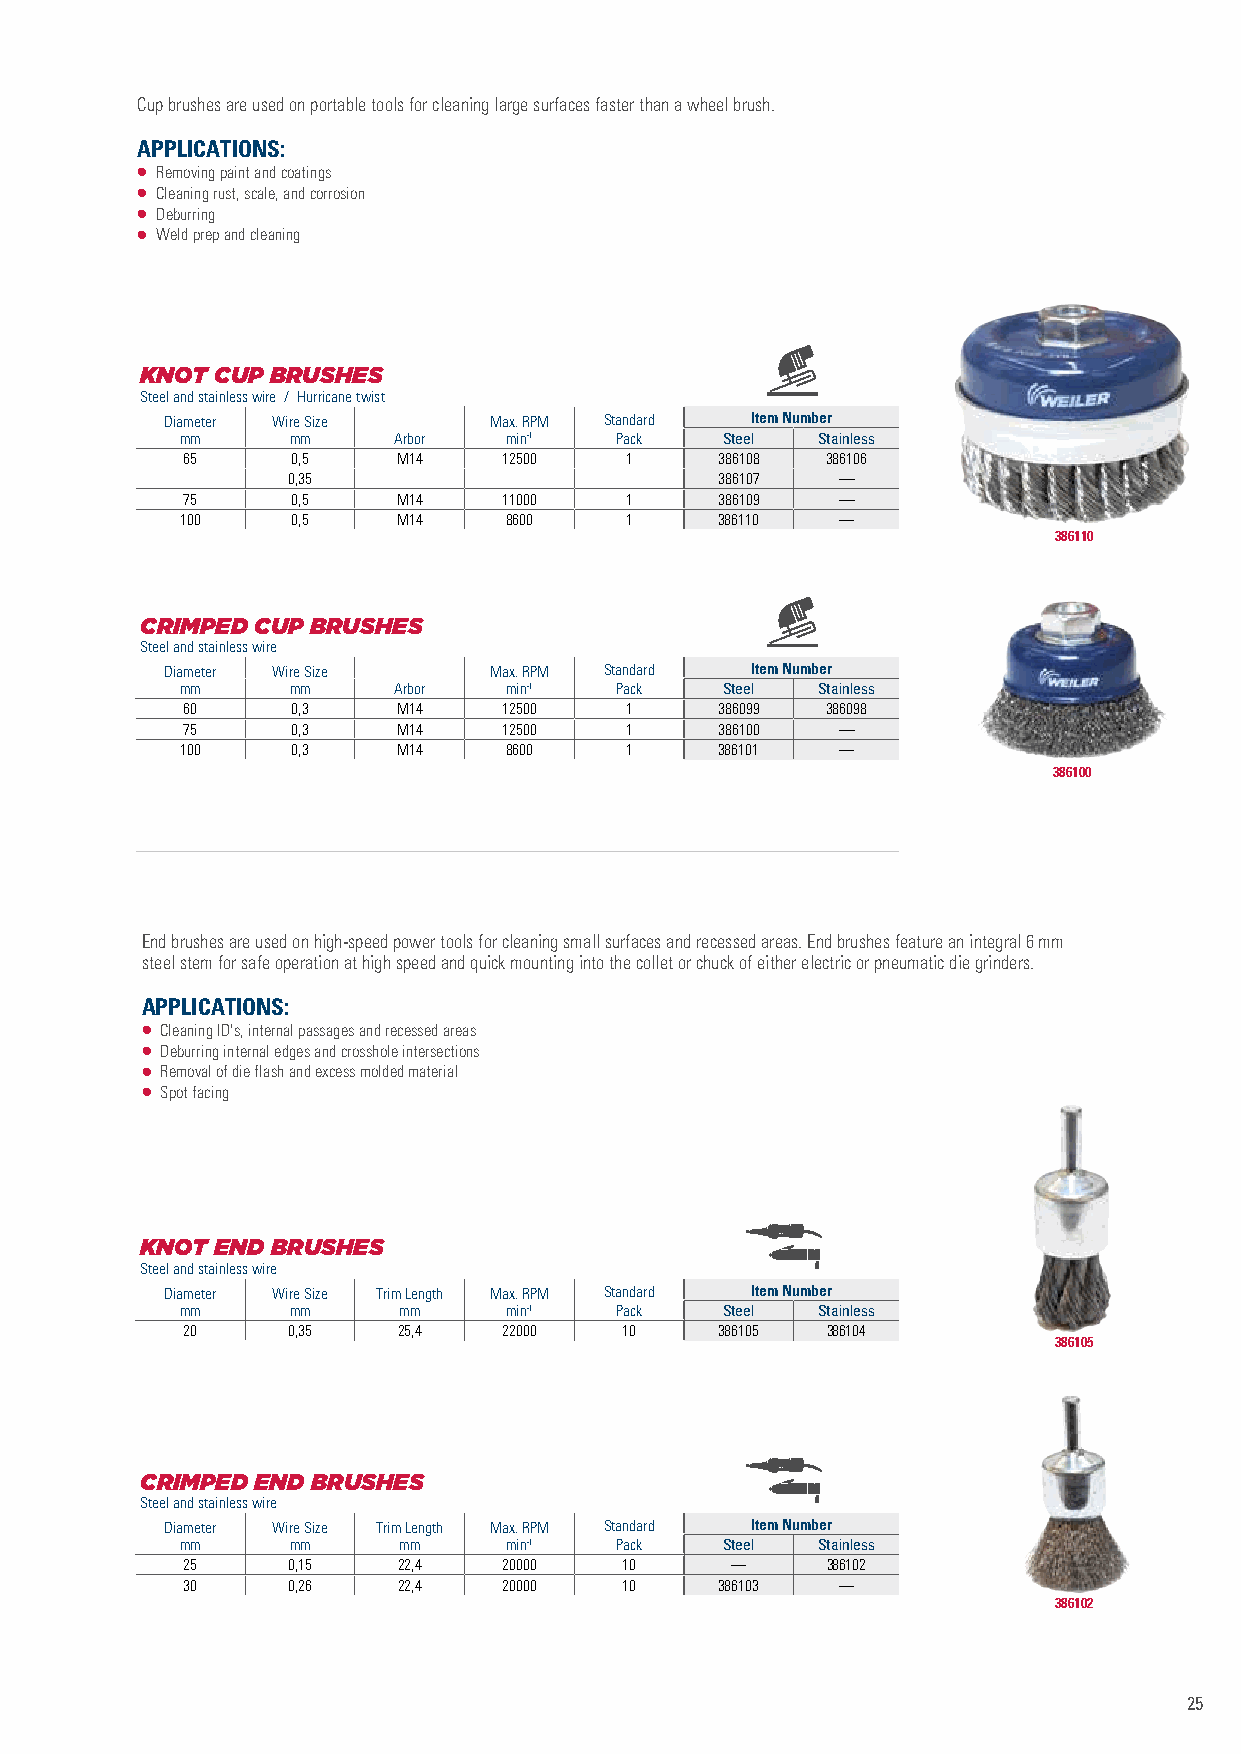
Cup brushes are used on portable tools for cleaning large surfaces faster than a wheel brush.
 APPLICATIONS:
 • Removing paint and coatings
 • Cleaning rust, scale, and corrosion
 • Deburring
 • Weld prep and cleaning
 KNOT CUP BRUSHES
 Steel and stainless wire / Hurricane twist
 Diameter Wire Size   Max. RPM Standard Item Number
 mm     mm     Arbor  min-1   Pack   Steel Stainless
 65     0,5    M14    12500   1      386108 386106
 0,35                         386107 —
 75     0,5    M14    11000   1      386109 —
 100    0,5    M14    8600    1      386110 —
 386110
 CRIMPED CUP BRUSHES
 Steel and stainless wire
 Diameter Wire Size   Max. RPM Standard Item Number
 mm     mm     Arbor  min-1   Pack   Steel Stainless
 60     0,3    M14    12500   1      386099 386098
 75     0,3    M14    12500   1      386100 —
 100    0,3    M14    8600    1      386101 —
 386100
 End brushes are used on high-speed power tools for cleaning small surfaces and recessed areas. End brushes feature an integral 6 mm
 steel stem for safe operation at high speed and quick mounting into the collet or chuck of either electric or pneumatic die grinders.
 APPLICATIONS:
 • Cleaning ID's, internal passages and recessed areas
 • Deburring internal edges and crosshole intersections
 • Removal of die flash and excess molded material
 • Spot facing
 KNOT END BRUSHES
 Steel and stainless wire
 Diameter Wire Size Trim Length Max. RPM Standard Item Number
 mm     mm     mm     min-1   Pack   Steel Stainless
 20     0,35   25,4   22000   10     386105 386104
 386105
 CRIMPED END BRUSHES
 Steel and stainless wire
 Diameter Wire Size Trim Length Max. RPM Standard Item Number
 mm     mm     mm     min-1   Pack   Steel Stainless
 25     0,15   22,4   20000   10     —      386102
 30     0,26   22,4   20000   10     386103 —
 386102
 25